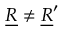
\underline { { R } } \neq \underline { { R } } ^ { \prime }